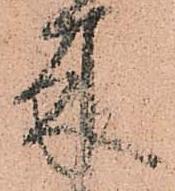
来